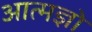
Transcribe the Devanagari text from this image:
आत्मज्ञो